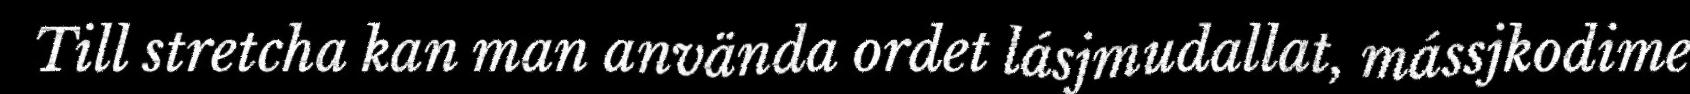
Till stretcha kan man använda ordet lásjmudallat, mássjkodime